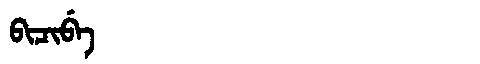
Manchu: ᠪᡳᠴᡳᠪᡝ
Romanization: BICIBE